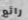
رائع